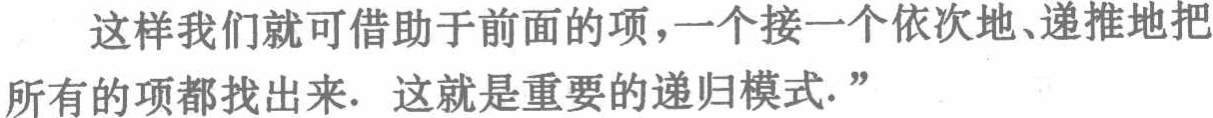
这样我们就可借助于前面的项，一个接一个依次地、递推地把所有的项都找出来. 这就是重要的递归模式.”